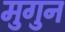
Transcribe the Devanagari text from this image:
मुगुन